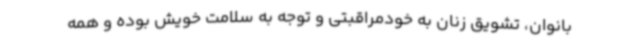
بانوان، تشویق زنان به خودمراقبتی و توجه به سلامت خویش بوده و همه